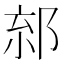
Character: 𨛧